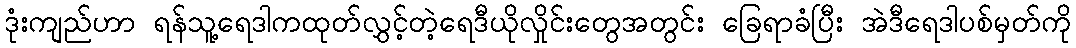
ဒုံးကျည်ဟာ ရန်သူ့ရေဒါကထုတ်လွှင့်တဲ့ရေဒီယိုလှိုင်းတွေအတွင်း ခြေရာခံပြီး အဲဒီရေဒါပစ်မှတ်ကို